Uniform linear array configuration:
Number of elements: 8
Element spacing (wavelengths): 0.5
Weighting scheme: uniform
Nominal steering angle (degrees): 30
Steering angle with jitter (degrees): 31.186
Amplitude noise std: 0.05
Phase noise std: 0.05

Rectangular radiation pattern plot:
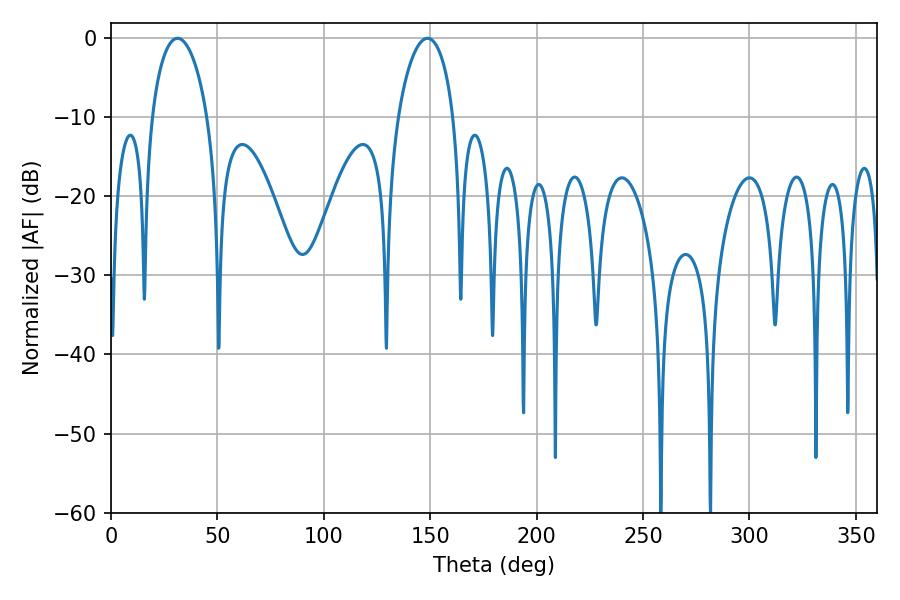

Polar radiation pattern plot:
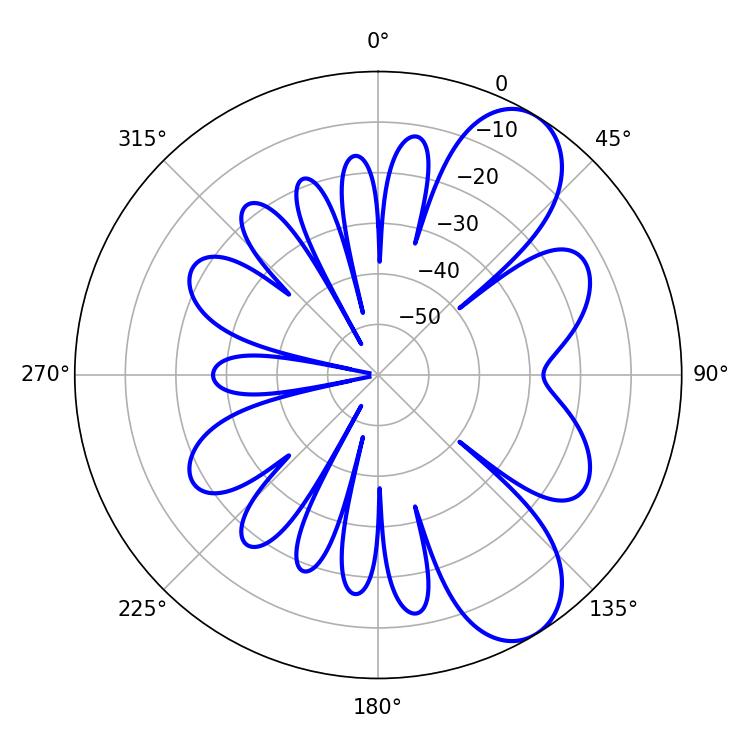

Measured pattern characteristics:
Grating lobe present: FALSE
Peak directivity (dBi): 8.29
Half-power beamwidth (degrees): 14.94
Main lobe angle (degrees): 31.32